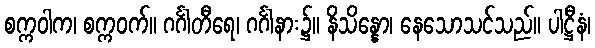
စက္ကဝါက၊ စက္ကဝက်။ ဂင်္ဂါတီရေ၊ ဂင်္ဂါနား၌။ နိသိန္နော၊ နေသောသင်သည်။ ပါဋ္ဌီနံ၊